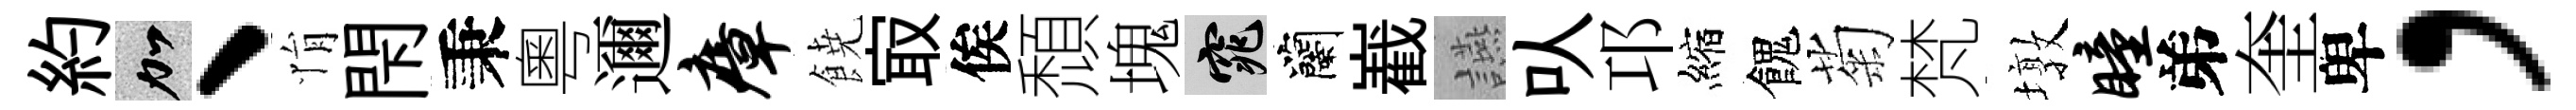
約加、悁閇秉粵邇瘴𩜙㝡俟頹塊窕蘭嶻讌㕥邛縮餽菊梵墩瞳弟奎卑，